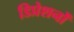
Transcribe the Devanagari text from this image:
डिप्रेशनों